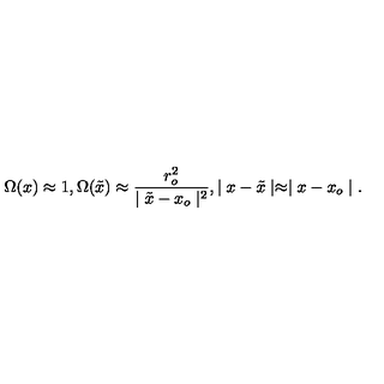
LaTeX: \Omega ( x ) \approx 1 , \Omega ( \tilde { x } ) \approx { \frac { r _ { o } ^ { 2 } } { \mid \tilde { x } - x _ { o } \mid ^ { 2 } } } , \mid x - \tilde { x } \mid \approx \mid x - x _ { o } \mid .